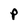
Character: P